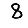
Digit: 8